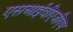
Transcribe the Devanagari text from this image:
एसआईवीएजीएम